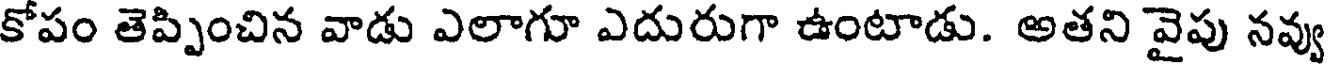
కోపం తెప్పించిన వాడు ఎలాగూ ఎదురుగా ఉంటాడు. అతని వైపు నవ్వు